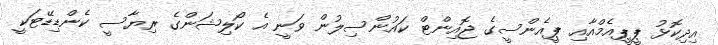
އިދިކޮޅު ޕީޕީއެމްއާއި ޕީއެންސީގެ ޖޮއިންޓް ކައުންސިލުން ވަނީ އެ ކޯލިޝަންގެ ރިޔާސީ ކެންޑިޑޭޓަކީ